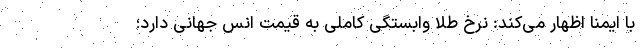
با ایمنا اظهار می‌کند: نرخ طلا وابستگی کاملی به قیمت انس جهانی دارد؛